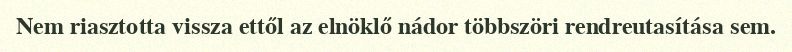
Nem riasztotta vissza ettől az elnöklő nádor többszöri rendreutasítása sem.